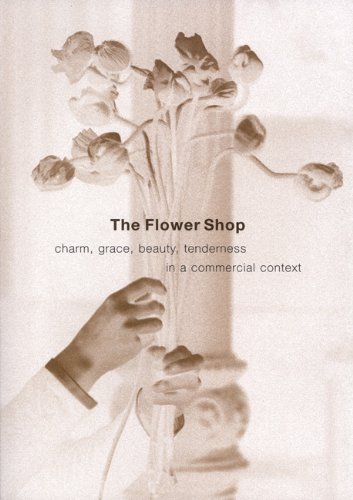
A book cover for The Flower Shop: Charm, Grace, Beauty & Tenderness in a Commercial Context; Leonard Koren; Business & Money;